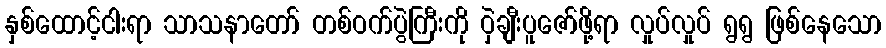
နှစ်ထောင့်ငါးရာ သာသနာတော် တစ်ဝက်ပွဲကြီးကို ဝှဲချီးပူဇော်ဖို့ရာ လှုပ်လှုပ် ရွရွ ဖြစ်နေသော